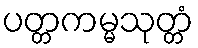
ပတ္တကမ္မသုတ္တံ